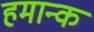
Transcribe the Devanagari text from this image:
हमान्क